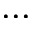
. . .